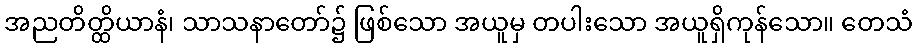
အညတိတ္ထိယာနံ၊ သာသနာတော်၌ ဖြစ်သော အယူမှ တပါးသော အယူရှိကုန်သော။ တေသံ